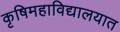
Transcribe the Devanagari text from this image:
कृषिमहाविद्यालयात